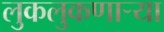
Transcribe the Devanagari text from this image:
लुकलुकणार्‍या